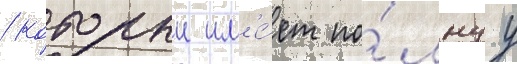
/ которыи им'е́ет по́лнуу